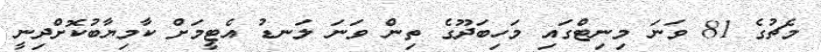
މެޗުގެ 81 ވަނަ މިނިޓްގައި މަހިބަދޫގެ ތިން ވަނަ ލަނޑު އެޓީމަށް ކާމިޔާބުކޮށްދިނީ